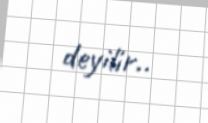
deyilir..